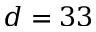
d = 3 3